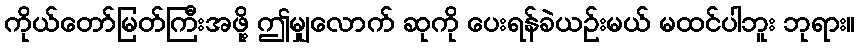
ကိုယ်တော်မြတ်ကြီးအဖို့ ဤမျှလောက် ဆုကို ပေးရန်ခဲယဉ်းမယ် မထင်ပါဘူး ဘုရား။